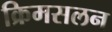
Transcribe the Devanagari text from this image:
क्रिमसलन